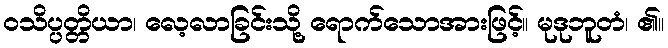
ဝသိပ္ပတ္တိယာ၊ လေ့လာခြင်းသို့ ရောက်သောအားဖြင့်။ မုဒုဘူတံ၊ ၏။